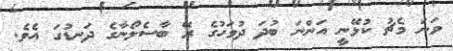
ވަނަ މެޗު ކުޅޭނީ އަންނަ ބުދަ ދުވަހުގެ ރޭ ބާސެލޯނާގެ ދަނޑުގަ އެވެ.